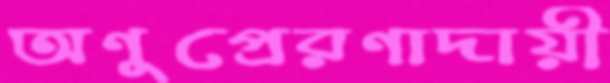
অণুপ্রেরণাদায়ী